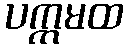
ပက္ကမထ